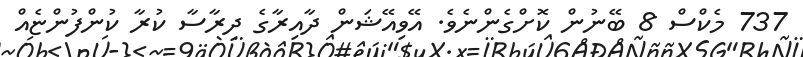
737 މެކްސް 8 ބޭނުން ކޮށްގެންނެވެ. އޭވިއޭޝަން ދާއިރާގެ ދިރާސާ ކުރާ ކުންފުންޏެއް